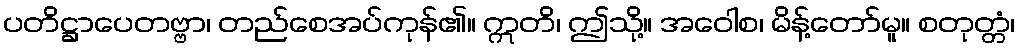
ပတိဋ္ဌာပေတဗ္ဗာ၊ တည်စေအပ်ကုန်၏။ ဣတိ၊ ဤသို့။ အဝေါစ၊ မိန့်တော်မူ။ စတုတ္တံ၊